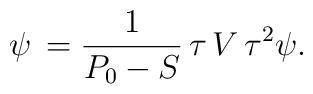
\psi\,={1\over P_0-S}\,\tau \,V\,\tau^2 \psi.